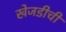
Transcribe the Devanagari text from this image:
खेजडीची